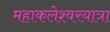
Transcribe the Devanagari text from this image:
महाकलेश्वरयात्रा